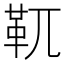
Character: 靰